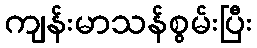
ကျန်းမာသန်စွမ်းပြီး